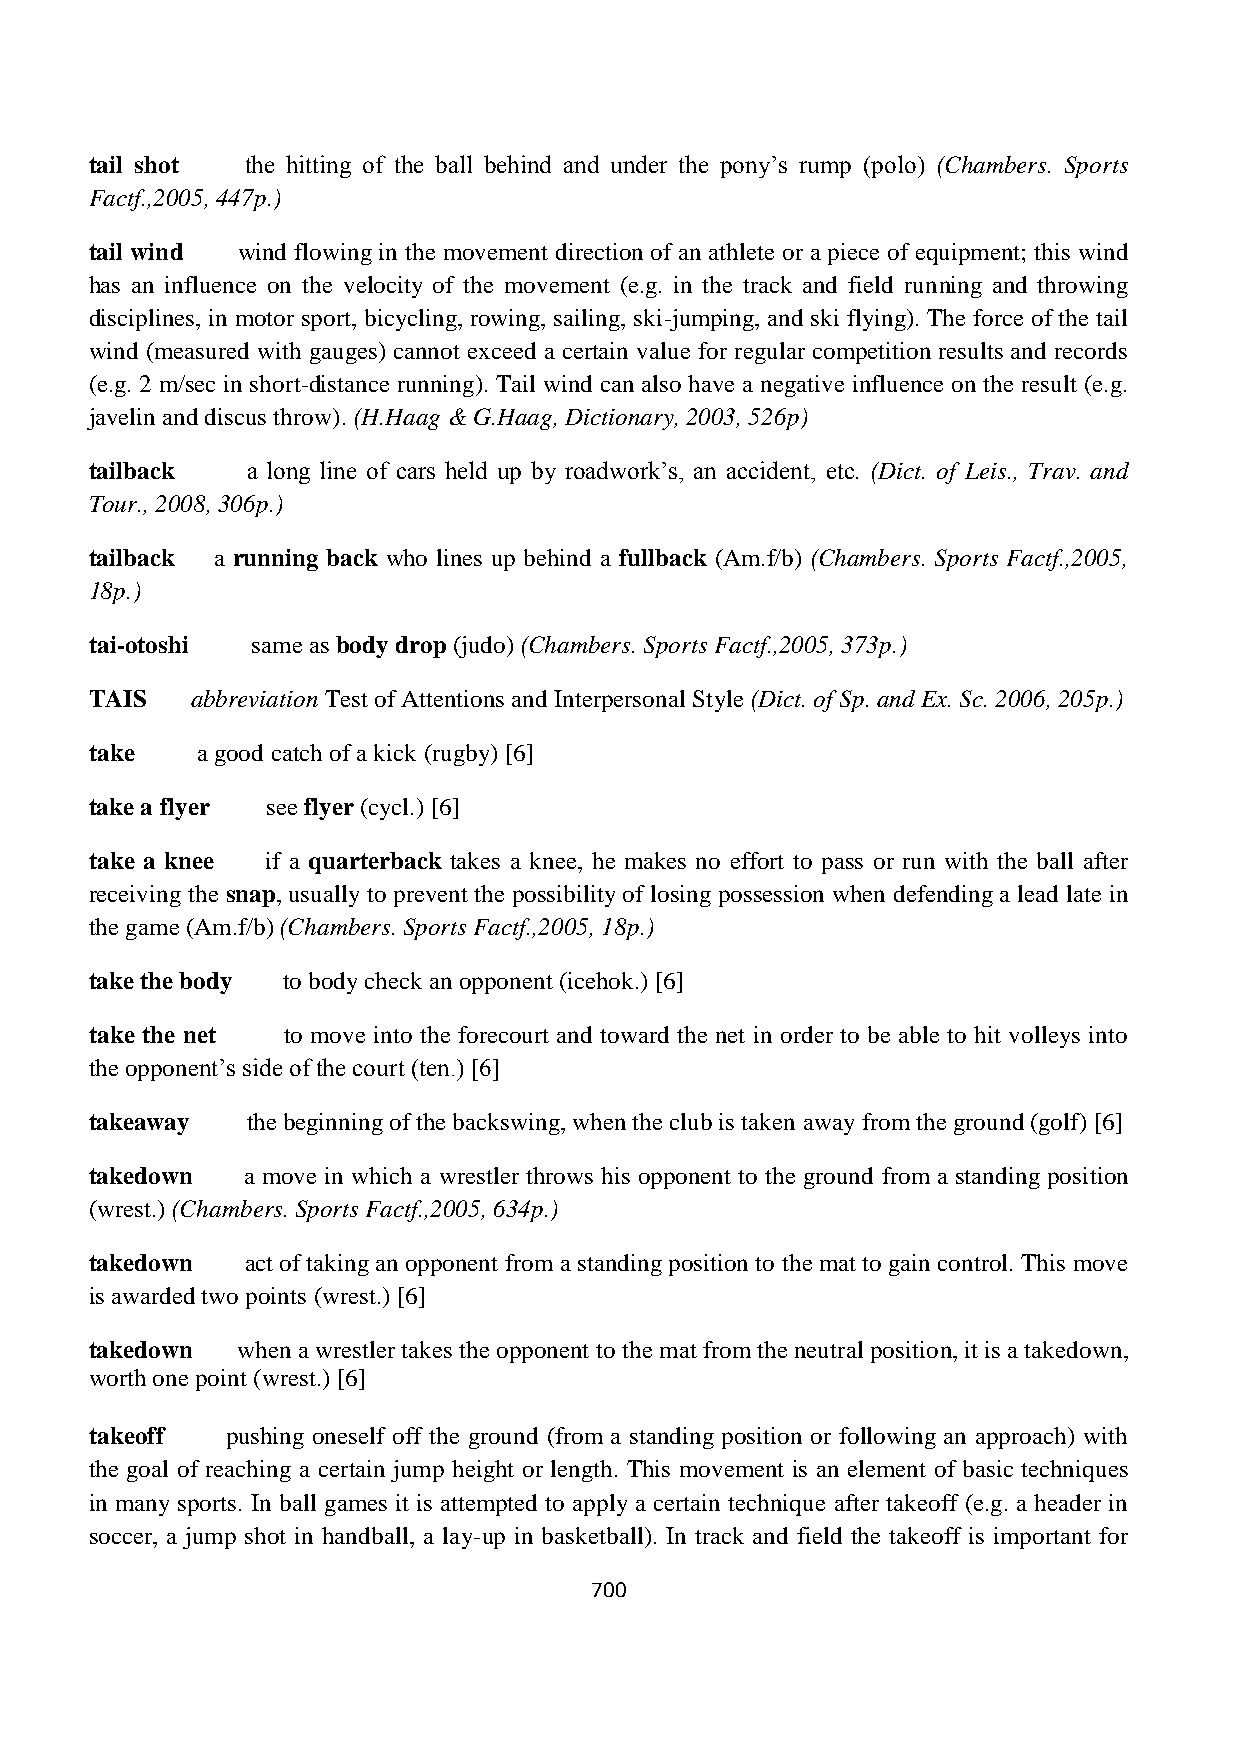
tail shot the hitting of the ball behind and under the pony‟s rump (polo) (Chambers. Sports
 Factf.,2005, 447p.)
 tail wind wind flowing in the movement direction of an athlete or a piece of equipment; this wind
 has an influence on the velocity of the movement (e.g. in the track and field running and throwing
 disciplines, in motor sport, bicycling, rowing, sailing, ski-jumping, and ski flying). The force of the tail
 wind (measured with gauges) cannot exceed a certain value for regular competition results and records
 (e.g. 2 m/sec in short-distance running). Tail wind can also have a negative influence on the result (e.g.
 javelin and discus throw). (H.Haag & G.Haag, Dictionary, 2003, 526p)
 tailback  a long line of cars held up by roadwork‟s, an accident, etc. (Dict. of Leis., Trav. and
 Tour., 2008, 306p.)
 tailback a running back who lines up behind a fullback (Am.f/b) (Chambers. Sports Factf.,2005,
 18p.)
 tai-otoshi same as body drop (judo) (Chambers. Sports Factf.,2005, 373p.)
 TAIS   abbreviation Test of Attentions and Interpersonal Style (Dict. of Sp. and Ex. Sc. 2006, 205p.)
 take   a good catch of a kick (rugby) [6]
 take a flyer see flyer (cycl.) [6]
 take a knee if a quarterback takes a knee, he makes no effort to pass or run with the ball after
 receiving the snap, usually to prevent the possibility of losing possession when defending a lead late in
 the game (Am.f/b) (Chambers. Sports Factf.,2005, 18p.)
 take the body to body check an opponent (icehok.) [6]
 take the net to move into the forecourt and toward the net in order to be able to hit volleys into
 the opponent‟s side of the court (ten.) [6]
 takeaway  the beginning of the backswing, when the club is taken away from the ground (golf) [6]
 takedown  a move in which a wrestler throws his opponent to the ground from a standing position
 (wrest.) (Chambers. Sports Factf.,2005, 634p.)
 takedown  act of taking an opponent from a standing position to the mat to gain control. This move
 is awarded two points (wrest.) [6]
 takedown  when a wrestler takes the opponent to the mat from the neutral position, it is a takedown,
 worth one point (wrest.) [6]
 takeoff  pushing oneself off the ground (from a standing position or following an approach) with
 the goal of reaching a certain jump height or length. This movement is an element of basic techniques
 in many sports. In ball games it is attempted to apply a certain technique after takeoff (e.g. a header in
 soccer, a jump shot in handball, a lay-up in basketball). In track and field the takeoff is important for
 700